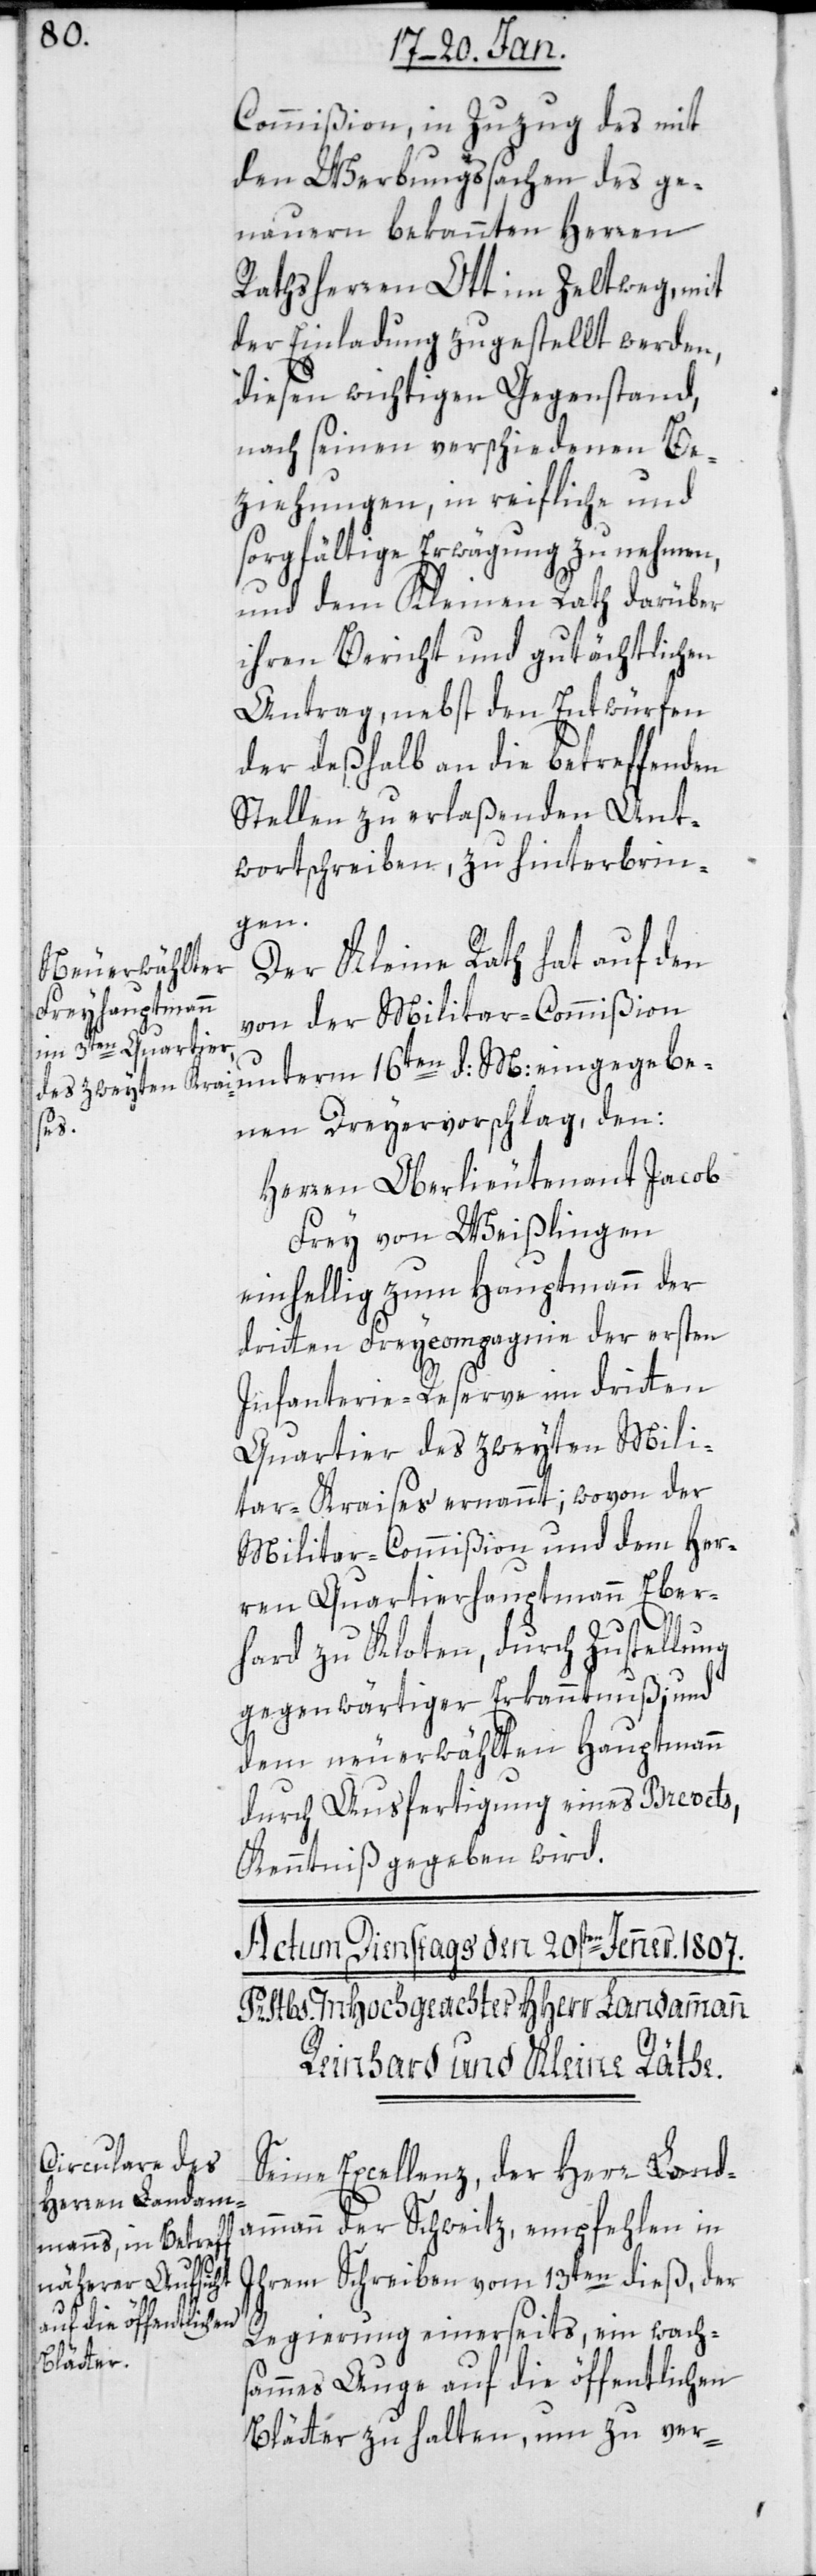
Commißion, in Zuzug des mit
den Werbungßachen des ge¬
nauern betrauten Herren
Rathsherrn Ott im Zeltweg, mit
der Einladung zugestellt werden,
diesen wichtigen Gegenstand,
nach seinen verschiedenen Be¬
ziehungen, in reifliche und
sorgfältige Erwägung zu nehmen,
und dem Kleinen Rath darüber
ihren Bericht und gutächtlichen
Antrag, nebst den Entwürfen
der deßhalb an die betreffenden
Stellen zu erlaßenden Ant¬
wortschreiben, zu hinterbrin¬
gen.
Der Kleine Rath hat auf den
von der Militar-Commißion
nen Dreyervorschlag, den:
Herren Oberlieutenant Jacob
Frey von Weißlingen
einhellig zum Hauptmann der
dritten Freycompagnie der ersten
Infanterie-Reserve im dritten
Quartier des zweyten Mili¬
tar-Kraises ernannt; wovon der
Militar-Commißion und dem Her¬
ren Quartierhauptmann Eber¬
hard zu Kloten, durch Zustellung
gegenwärtiger Erkanntnuß; und
dem neuerwählten Hauptmann
durch Ausfertigung eines Brevets,
Kenntniß gegeben wird.
Seine Excellenz der Herr Land¬
ammann der Schweitz, empfehlen in
ihrem Schreiben vom 13ten dieß, der
eingegebe¬
Regierung einerseits, ein wach¬
sammes Auge auf die öffentlichen
Blätter zu halten, um zu ver-